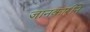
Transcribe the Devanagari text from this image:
जानकारीने